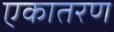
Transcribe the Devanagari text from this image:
एकातरण